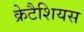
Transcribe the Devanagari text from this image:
क्रेटैशियस